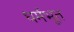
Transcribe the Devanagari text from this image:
धर्मभूत